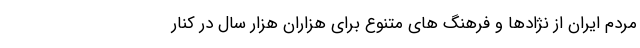
مردم ایران از نژادها و فرهنگ های متنوع برای هزاران هزار سال در کنار